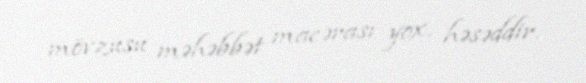
mövzusu məhəbbət macərası yox, həsəddir.